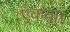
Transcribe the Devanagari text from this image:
एकता।